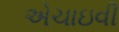
એચાઇવી